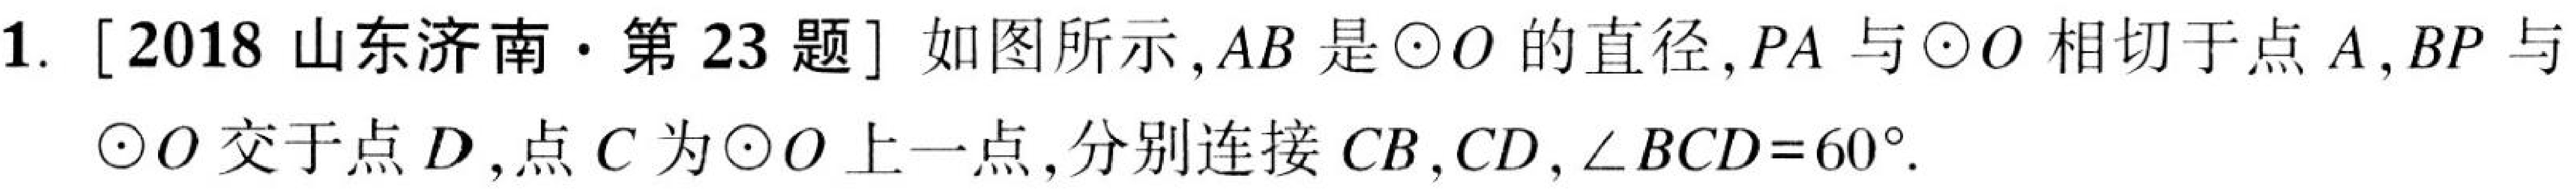
1. [2018山东济南·第23题]如图所示,$AB$是$\odot O$的直径,$PA$与$\odot O$相切于点$A$,$BP$与$\odot O$交于点$D$,点$C$为$\odot O$上一点,分别连接$CB,CD,\angle BCD = 60^{\circ}$.